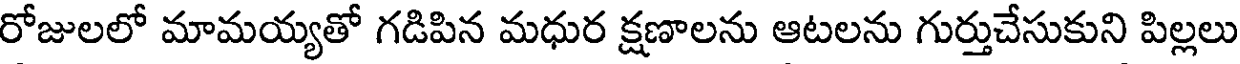
రోజులలో మామయ్యతో గడిపిన మధుర క్షణాలను ఆటలను గుర్తుచేసుకుని పిల్లలు